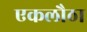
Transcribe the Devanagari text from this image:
एकलौठा